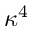
\kappa ^ { 4 }